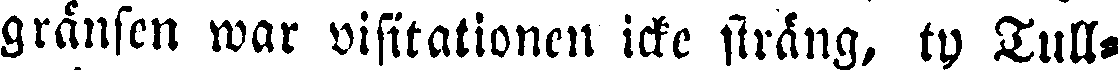
gränsen war visitationen icke sträng, ty Tull-